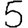
Digit: 5